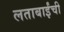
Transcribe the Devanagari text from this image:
लताबाईंची